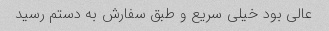
عالی بود خیلی سریع و طبق سفارش به دستم رسید